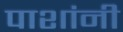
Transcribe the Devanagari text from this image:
पाशांनी